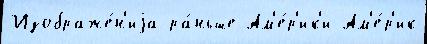
Изображе́н'иjа ра́ньше Ам'е́р'ик'и Ам'е́р'ик